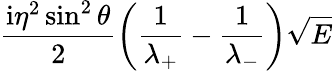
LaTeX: \frac{\mathrm{i}\eta^{2}\sin^{2}\theta}{2}\left(\frac{1}{\lambda_{+}}-\frac{1}{\lambda_{-}}\right)\sqrt{E}